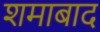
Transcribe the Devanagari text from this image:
शमाबाद